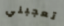
تعجبني